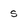
Character: s